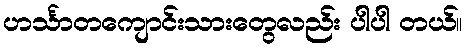
ဟင်္သာတကျောင်းသားတွေလည်း ပါပါ တယ်။